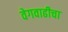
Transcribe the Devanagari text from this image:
वेगवाढीचा